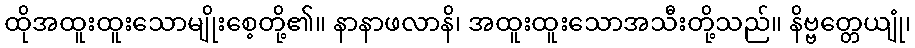
ထိုအထူးထူးသောမျိုးစေ့တို့၏။ နာနာဖလာနိ၊ အထူးထူးသောအသီးတို့သည်။ နိဗ္ဗတ္တေယျုံ၊